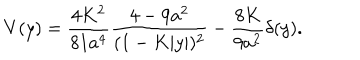
LaTeX: V ( y ) = { \frac { 4 K ^ { 2 } } { 8 1 a ^ { 4 } } } { \frac { 4 - 9 a ^ { 2 } } { ( 1 - K | y | ) ^ { 2 } } } - { \frac { 8 K } { 9 a ^ { 2 } } } \delta ( y ) .